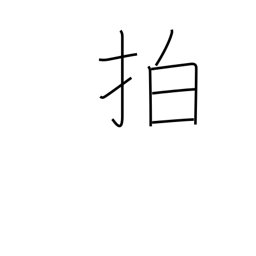
Meaning: clap